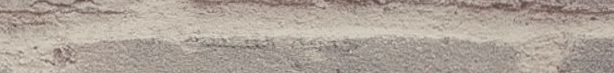
خدمة التنظيف الجاف للمناز